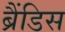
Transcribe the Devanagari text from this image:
ब्रैंडिस